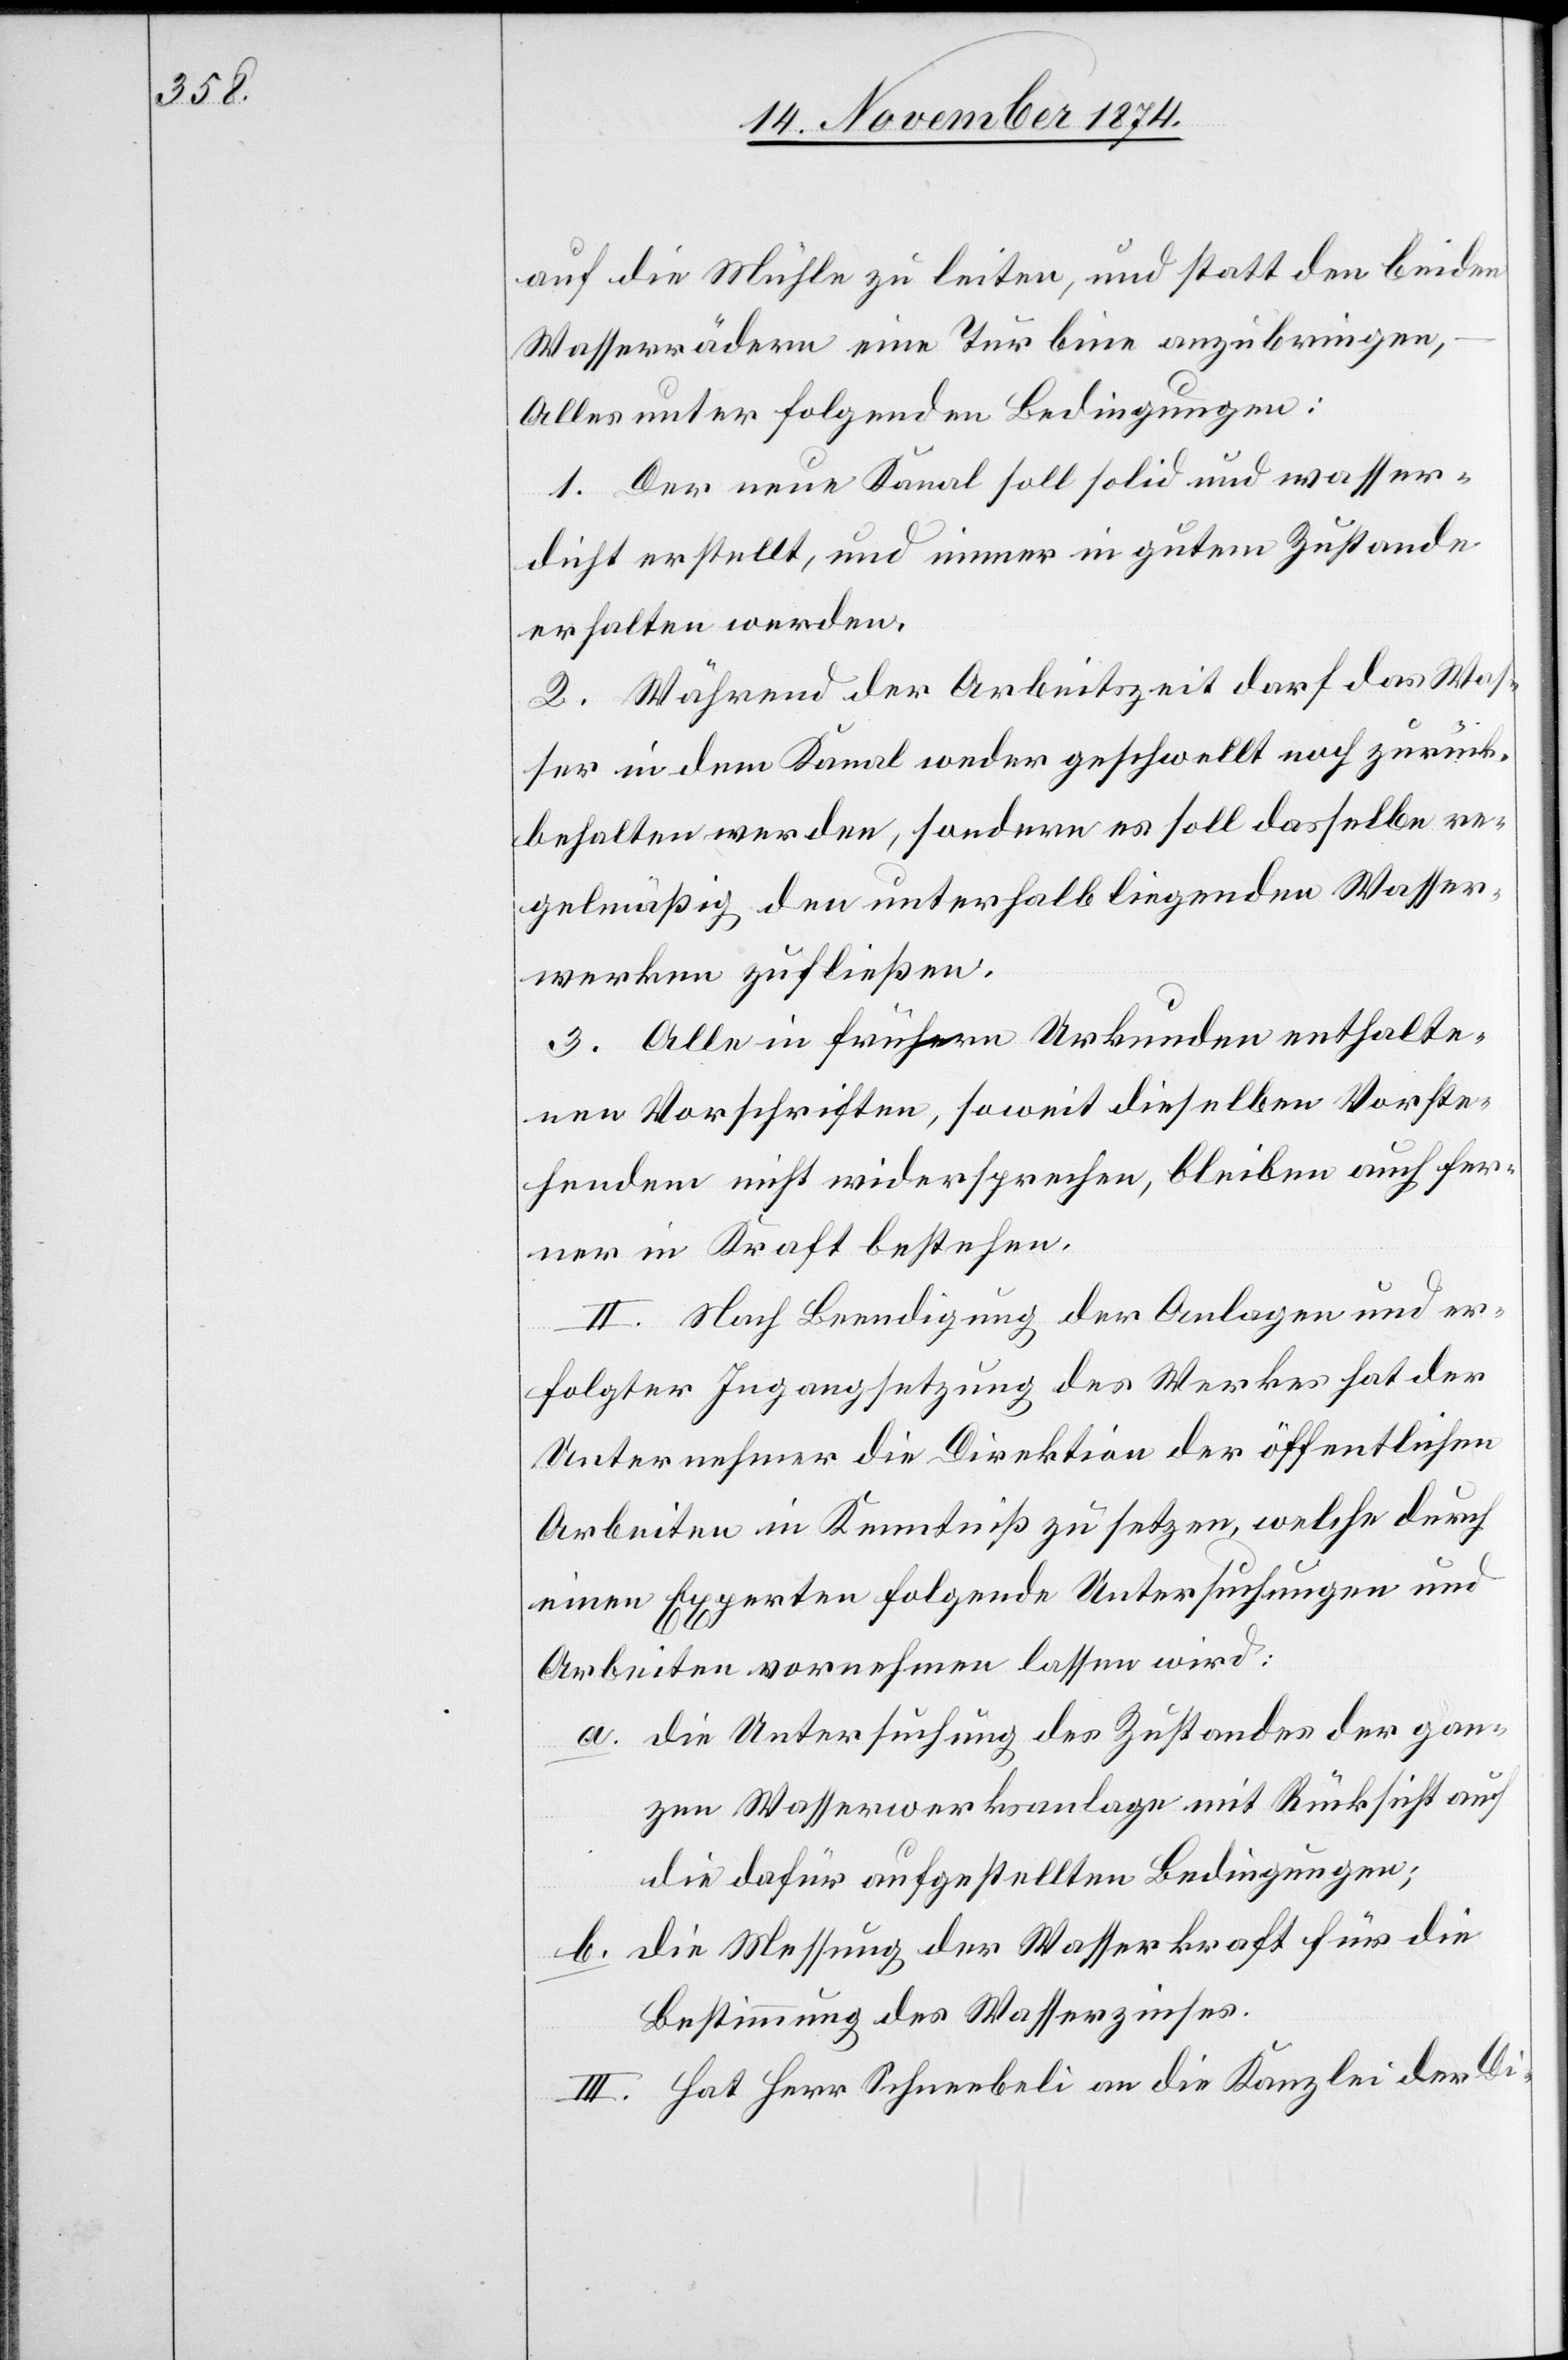
auf die Mühle zu leiten, und statt den beiden
Wasserrädern eine Turbine anzubringen,
Alles unter folgenden Bedingungen:
1. Der neue Kanal soll solid und wasser¬
dicht erstellt, und immer in gutem Zustande
erhalten werden.
2. Während der Arbeitszeit darf das Was¬
ser in dem Kanal weder geschwellt noch zurück¬
behalten werden, sondern es soll dasselbe re¬
gelmäßig den unterhalb liegenden Wasser¬
werken zufließen.
3. Alle in frühern Urkunden enthalte¬
nen Vorschriften, soweit dieselben Vorste¬
hendem nicht widersprechen, bleiben auch fer¬
ner in Kraft bestehen.
II. Nach Beendigung der Anlagen und er¬
folgter Ingangsetzung des Werkes hat der
Unternehmer die Direktion der öffentlichen
Arbeiten in Kenntniß zu setzen, welche durch
einen Experten folgende Untersuchungen und
Arbeiten vornehmen lassen wird:
a. die Untersuchung des Zustandes der gan¬
zen Wasserwerksanlage mit Rücksicht auf
die dafür aufgestellten Bedingungen;
b. die Messung der Wasserkraft für die
Bestimmung des Wasserzinses.
III. Hat Herr Schneebeli an die Kanzlei der Di-